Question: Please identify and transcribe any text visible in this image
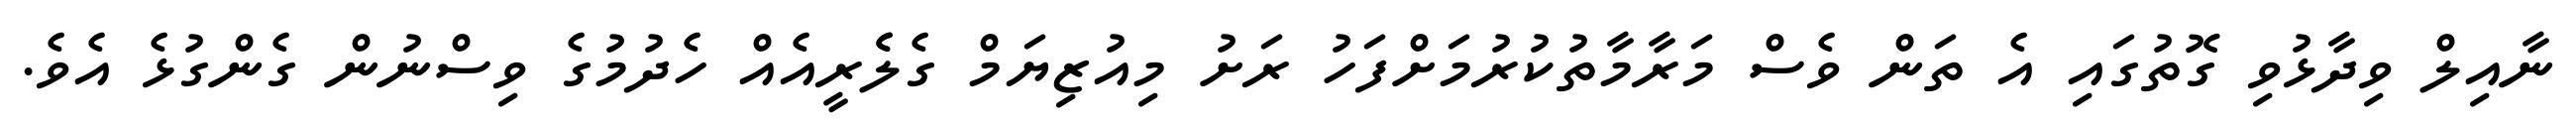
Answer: ނާއިލް ވިދާޅުވި ގޮތުގައި އެ ތަން ވެސް މަރާމާތުކުރުމަށްފަހު ރަށު މިއުޒިޔަމް ގެލެެރީއެއް ހެދުމުގެ ވިސްނުން ގެންގުޅެ އެވެ.